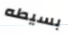
بسيطه